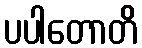
ပပါတောတိ